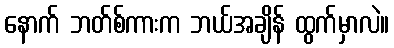
နောက် ဘတ်စ်ကားက ဘယ်အချိန် ထွက်မှာလဲ။